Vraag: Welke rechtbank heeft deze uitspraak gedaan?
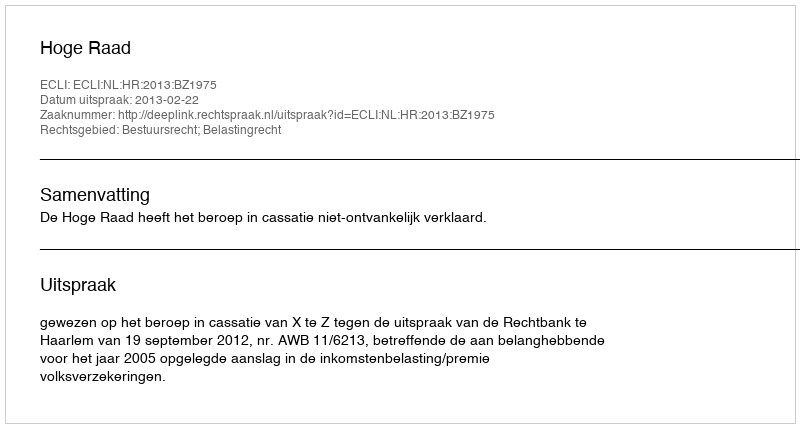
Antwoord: Hoge Raad